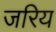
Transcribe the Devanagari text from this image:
जरिय